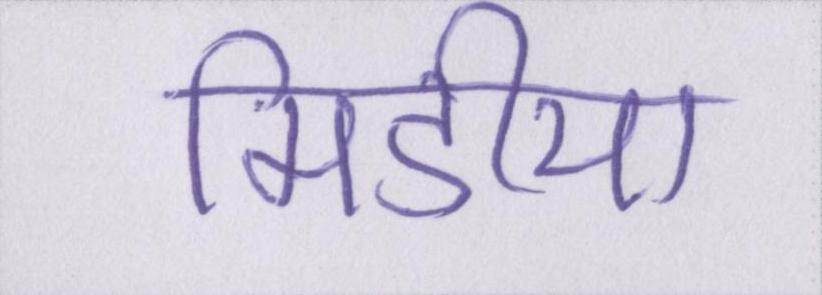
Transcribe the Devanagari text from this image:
मिडीया